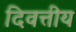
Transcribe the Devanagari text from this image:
दिवत्तीय